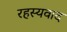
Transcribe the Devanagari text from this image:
रहस्‍यवाद